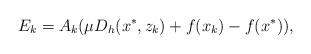
LaTeX: \begin{align*}E_{k} = A_k(\mu D_h(x^\ast, z_k) + f(x_k) - f(x^\ast)),\end{align*}